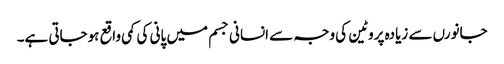
جانورں سے زیادہ پروٹین کی وجہ سے انسانی جسم میں پانی کی کمی واقع ہوجاتی ہے۔